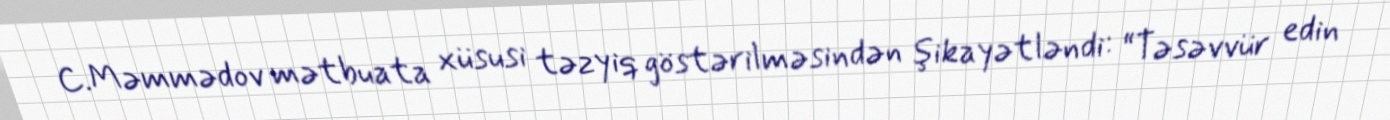
C.Məmmədov mətbuata xüsusi təzyiq göstərilməsindən şikayətləndi: “Təsəvvür edin